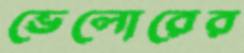
ভেলোরের